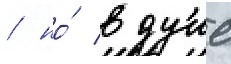
/ но́ в душе